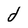
Character: d